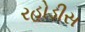
રહોડીસ